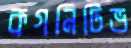
কগনিটিভ